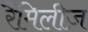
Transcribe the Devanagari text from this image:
रैमिलीज़